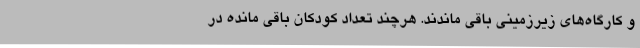
و کارگاه‌های زیرزمینی باقی ماندند. هرچند تعداد کودکان باقی مانده در